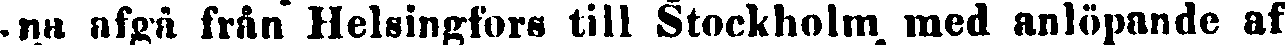
-na afgå från Helsingfors till Stockholm med anlöpande af